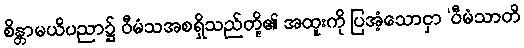
စိန္တာမယိပညာ၌ ဝီမံသအစရှိသည်တို့၏ အထူးကို ပြအံ့သောငှာ ‘ဝီမံသာတိ